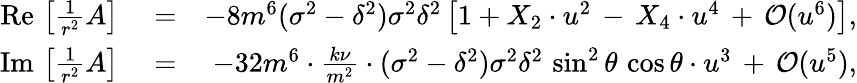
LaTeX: \begin{array}{rlr}{\mathrm{Re}\, \left[\frac{1}{r^{2}}A\right]}&{{}=}&{-8m^{6}(\sigma^{2}-\delta^{2})\sigma^{2}\delta^{2}\left[1+X_{2}\cdot u^{2}\, -\, X_{4}\cdot u^{4}\, +\, {\cal O}(u^{6})\right],}\\ {\mathrm{Im}\, \left[\frac{1}{r^{2}}A\right]}&{{}=}&{-32m^{6}\cdot\frac{k\nu}{m^{2}}\cdot(\sigma^{2}-\delta^{2})\sigma^{2}\delta^{2}\, \sin^{2}\theta\, \cos\theta\cdot u^{3}\, +\, {\cal O}(u^{5}),}\end{array}